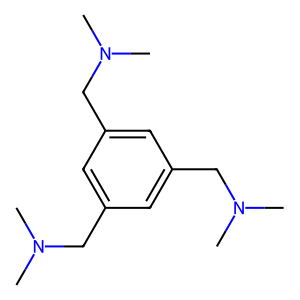
SMILES: CN(C)Cc1cc(CN(C)C)cc(CN(C)C)c1
Inhibits HIV replication: No